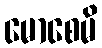
မောစေမိ